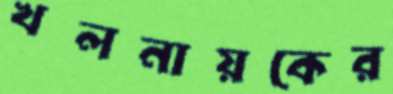
খলনায়কের